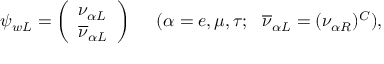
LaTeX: \psi _ { w L } = \left( \begin{array} { l } { { \nu _ { \alpha L } } } \\ { { \overline { { { \nu } } } _ { \alpha L } } } \end{array} \right) \ \ \ \ ( \alpha = e , \mu , \tau ; \ \ \overline { { { \nu } } } _ { \alpha L } = ( \nu _ { \alpha R } ) ^ { C } ) ,